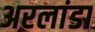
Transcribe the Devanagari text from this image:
अरलांडा